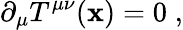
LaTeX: \partial_{\mu}T^{\mu\nu}(\mathbf{x})=0\; ,